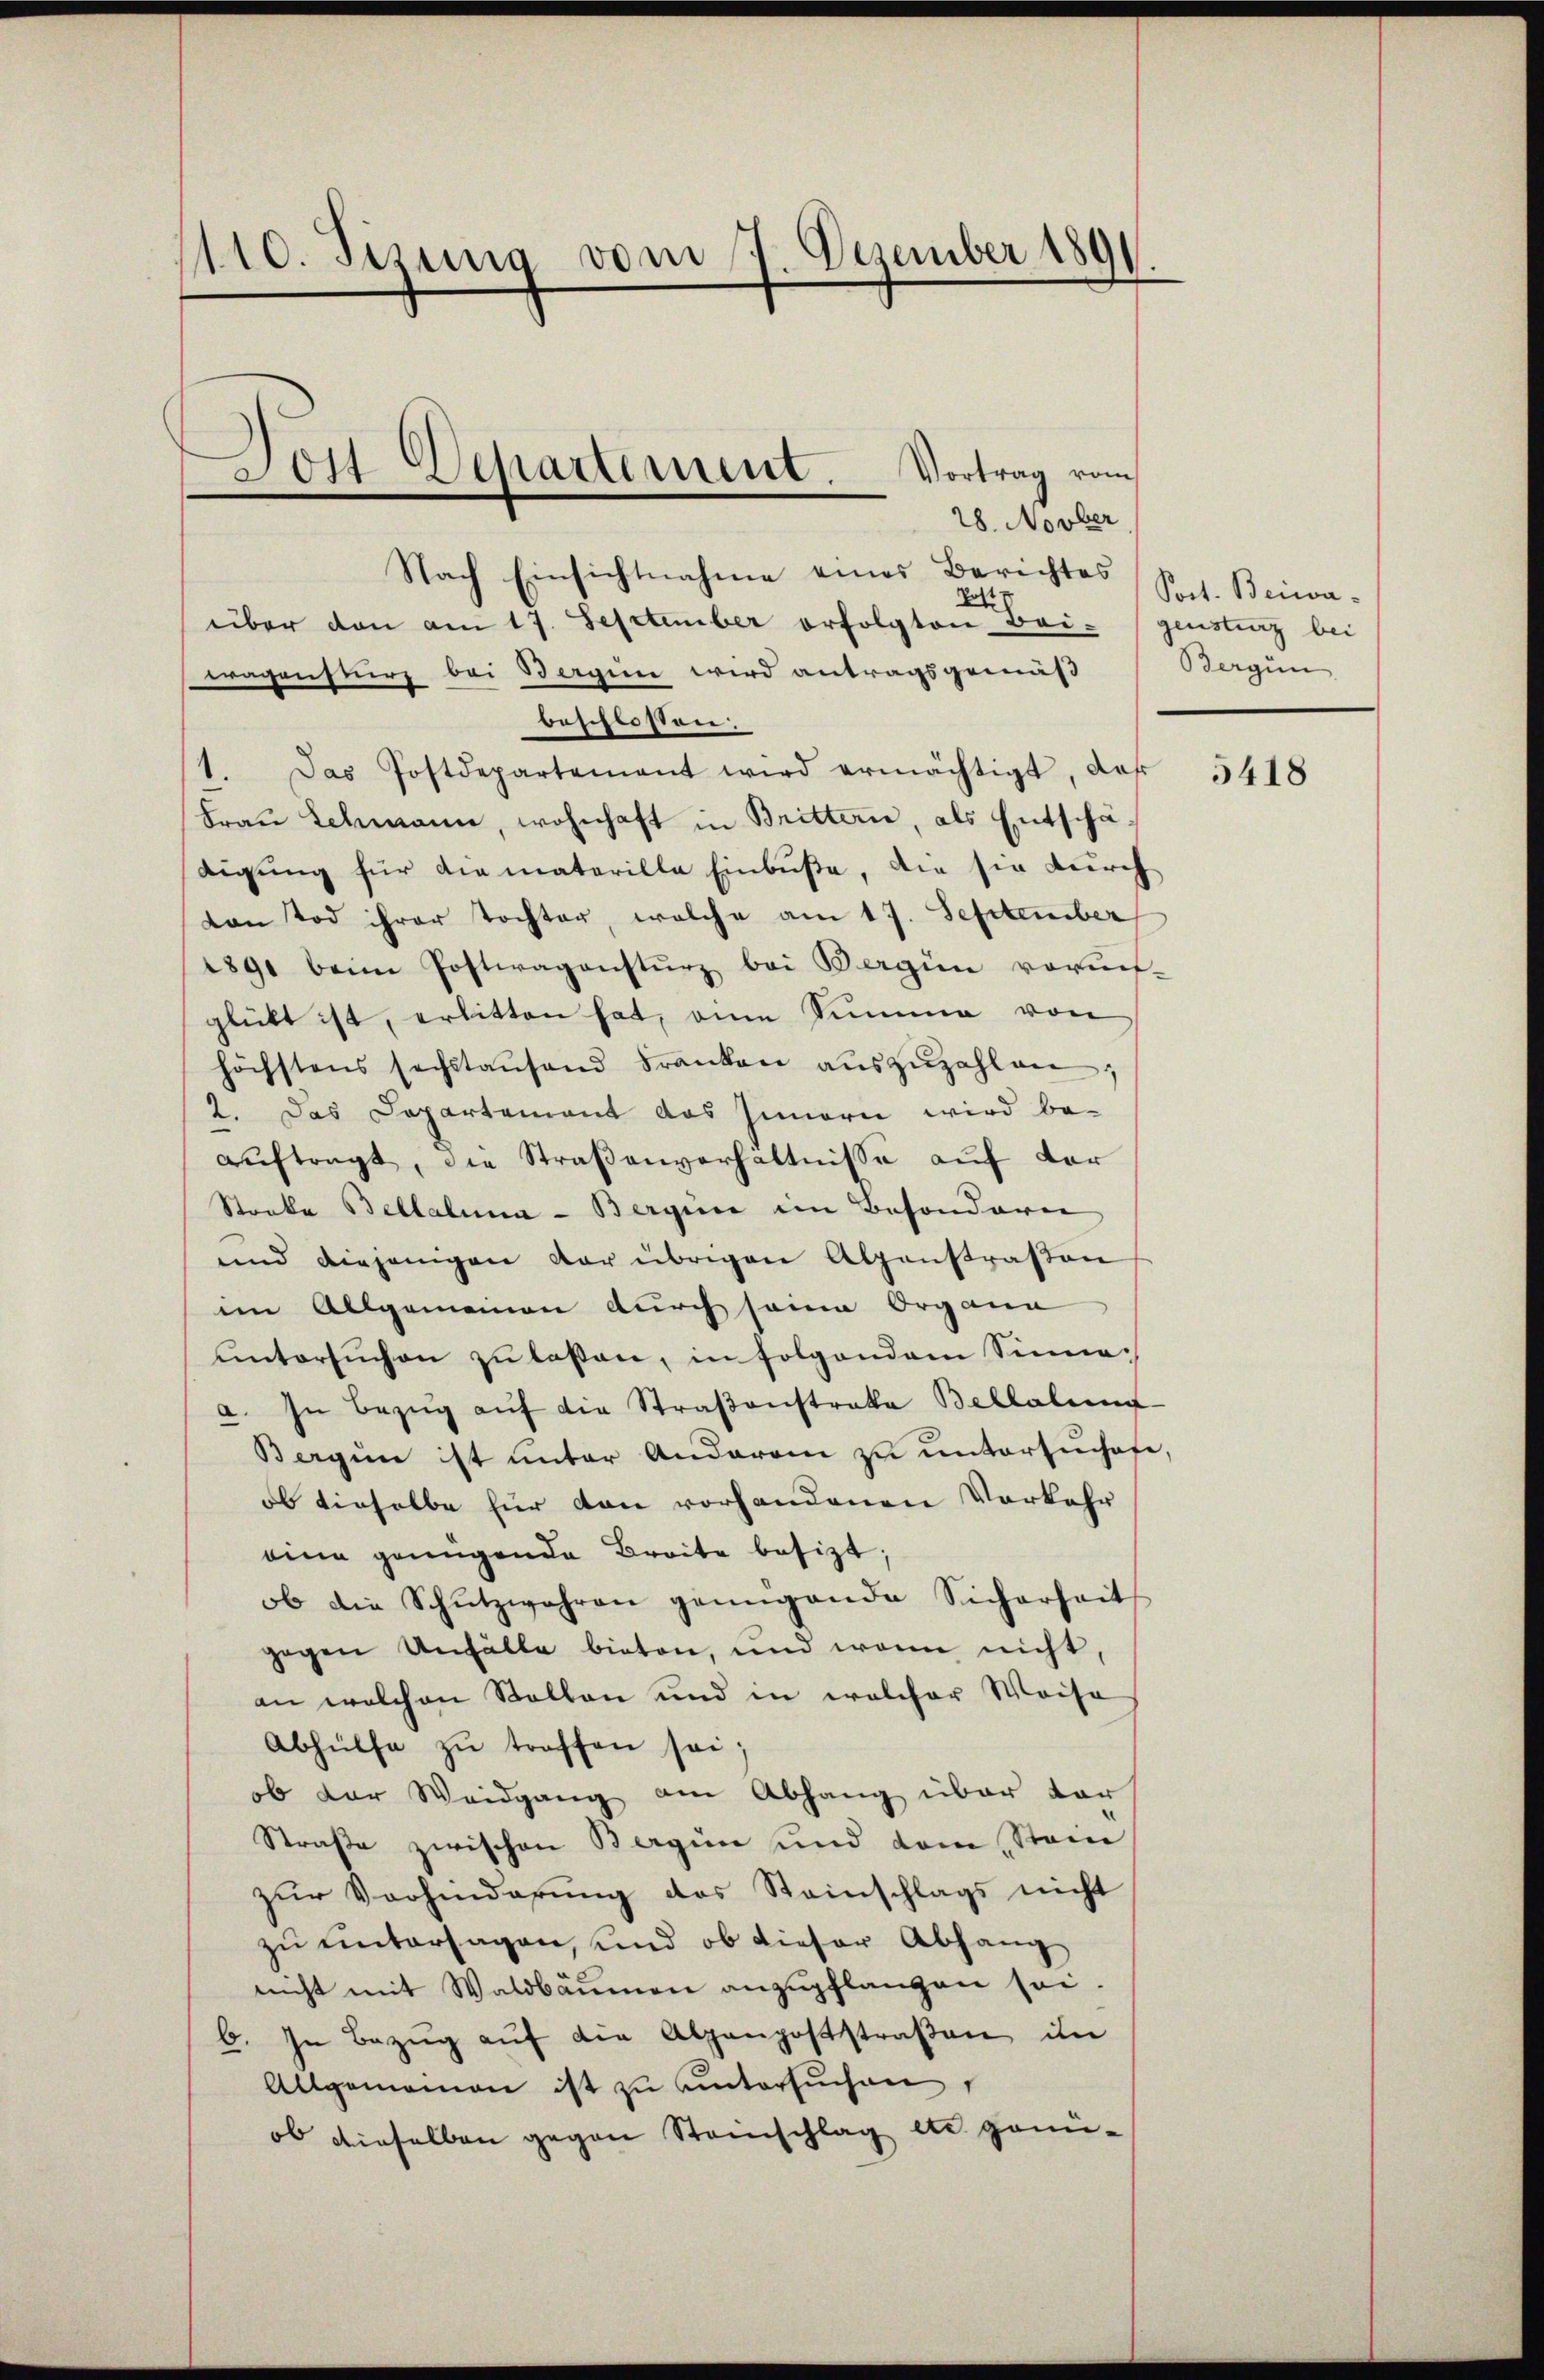
110. Sizung vom 7. Dezember 1891.

a Ott Dchartement. Vortrag vom

28. Novber
Nach Einsichtnahme eines Berichtes
Lott
über den am 17. September erfolgten Bei- (gensturz bei
wagensturz bei Bergine wird antragsgemäß Bergün
beschlossen.
1. Das Postdepartement wird ermächtigt, daß
Fraŭ Schmann, wohnhaft in Brittern, als Entschädigung für die materille Einbuße, die sie durch
von Tod ihrer Tochter, welche am 17. September
1891 beim Postwagensturz bei Bergin vormit-
glückt ist, erlitten hat, eine Summe von
höchstens sechstaŭfend Franken aŭszŭzahlen
2. Das Departement das Innern wird be-
aŭftragt, die Straßenverhältnisse auf der
Stanke Bellaluna - Bergrice im Besonderer
und diejenigen dar übrigen Alpenstraßen
im Allgemeinen durch seine Organe
untersŭchen zu lassen, in folgendem Sinnea. In Bezŭg aŭf die Straßenstrakte Bellalung
Bergen ist unter Anderen zu untersuchete,
ob dieselbe für den vorhandenen Vorkehr
eine genügende Breite besizt,
ob die Schŭtzwahren genügende Sicherheit
gegen Unfälle bieten, und wenn nicht,
an welchen Stellen und in welcher Weise
Abhülfe zŭ treffen sei;
ob der Weidgang am Abhang über dar
Straße zwischen Bergien und dem Stain
zur Vorhinderung des Steinschlags nicht
zu untersagen, und ob dieser Abhang
nicht mit Waldbäumen anzupflanzen sei.
6. In Bezug auf die Alpenpoststraßen in
Allgemeinen ist zŭ ŭntersŭchen,
ob dieselben gegen Steinschlag etc. genü¬

Poct. Beiwa-

5418